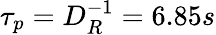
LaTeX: \tau_{p}=D_{R}^{-1}=6.85s